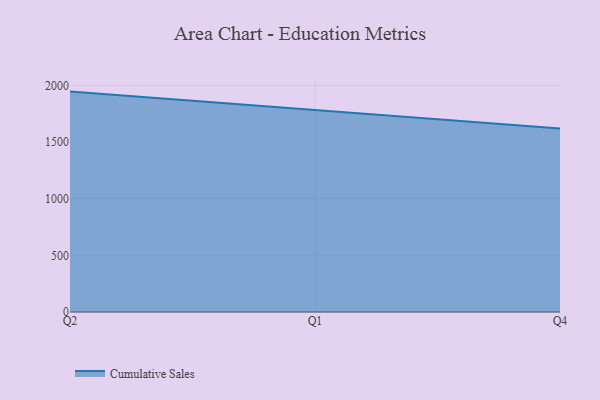
{"axis": {"x": "Quarter", "y": "Conversion Rate (%)"}, "legend": ["Cumulative Sales"], "data": [{"x": "Q2", "y": 1945.5, "type": "Cumulative Sales"}, {"x": "Q1", "y": 1780.7, "type": "Cumulative Sales"}, {"x": "Q4", "y": 1620.4, "type": "Cumulative Sales"}]}